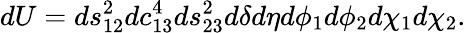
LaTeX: dU=ds_{12}^{2}dc_{13}^{4}ds_{23}^{2}d\delta d\eta d\phi_{1}d\phi_{2}d\chi_{1}d\chi_{2}.